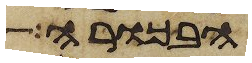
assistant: הבכורה